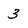
Character: 3